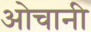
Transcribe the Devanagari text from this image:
ओचानी